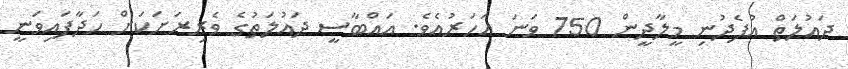
ދައުލަތް އުފެދުނި މީލާދީން 750 ވަނަ އަހަރުއެވެ. އައްބާސީ ދައުލަތުގެ ވެރިރަށަކަށް ހަދާފައިވަނީ